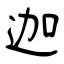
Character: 迦